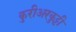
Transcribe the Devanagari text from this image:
कुरीअरकुट्टी